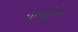
નવજીવન